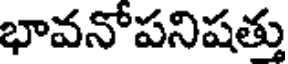
భావనోపనిషత్తు